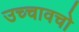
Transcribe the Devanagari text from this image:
उच्चावचो